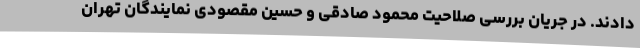
دادند. در جریان بررسی صلاحیت محمود صادقی و حسین مقصودی نمایندگان تهران